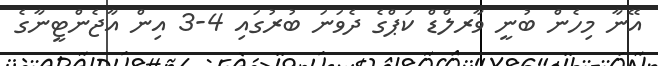
އޭނާ މިހެން ބުނީ ވާރލްޑް ކަޕްގެ ދެވަނަ ބުރުގައި 4-3 އިން އާޖެންޓީނާގެ